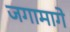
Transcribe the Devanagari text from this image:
जगामागे